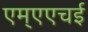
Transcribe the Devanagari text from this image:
एम्एएचई